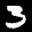
Label: 3